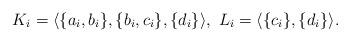
LaTeX: \begin{align*}K_i =\langle \{a_i,b_i\}, \{b_i, c_i\}, \{d_i\} \rangle , \ L_i =\langle \{c_i\}, \{d_i\} \rangle .\end{align*}